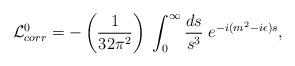
LaTeX: \begin{align*}{\cal L}_{corr}^{0}= -\left({1 \over 32 \pi^2}\right)\;\int_{0}^{\infty}{ds \over s^3}\;e^{-i(m^2-i\epsilon)s},\end{align*}